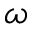
\omega